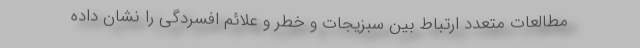
مطالعات متعدد ارتباط بین سبزیجات و خطر و علائم افسردگی را نشان داده